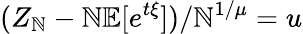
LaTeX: (Z_{\mathbb{N}}-\mathbb{N}\mathbb{{E}}[e^{t\xi}])/\mathbb{N}^{1/\mu}=u